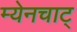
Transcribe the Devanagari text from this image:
म्येनचाट्